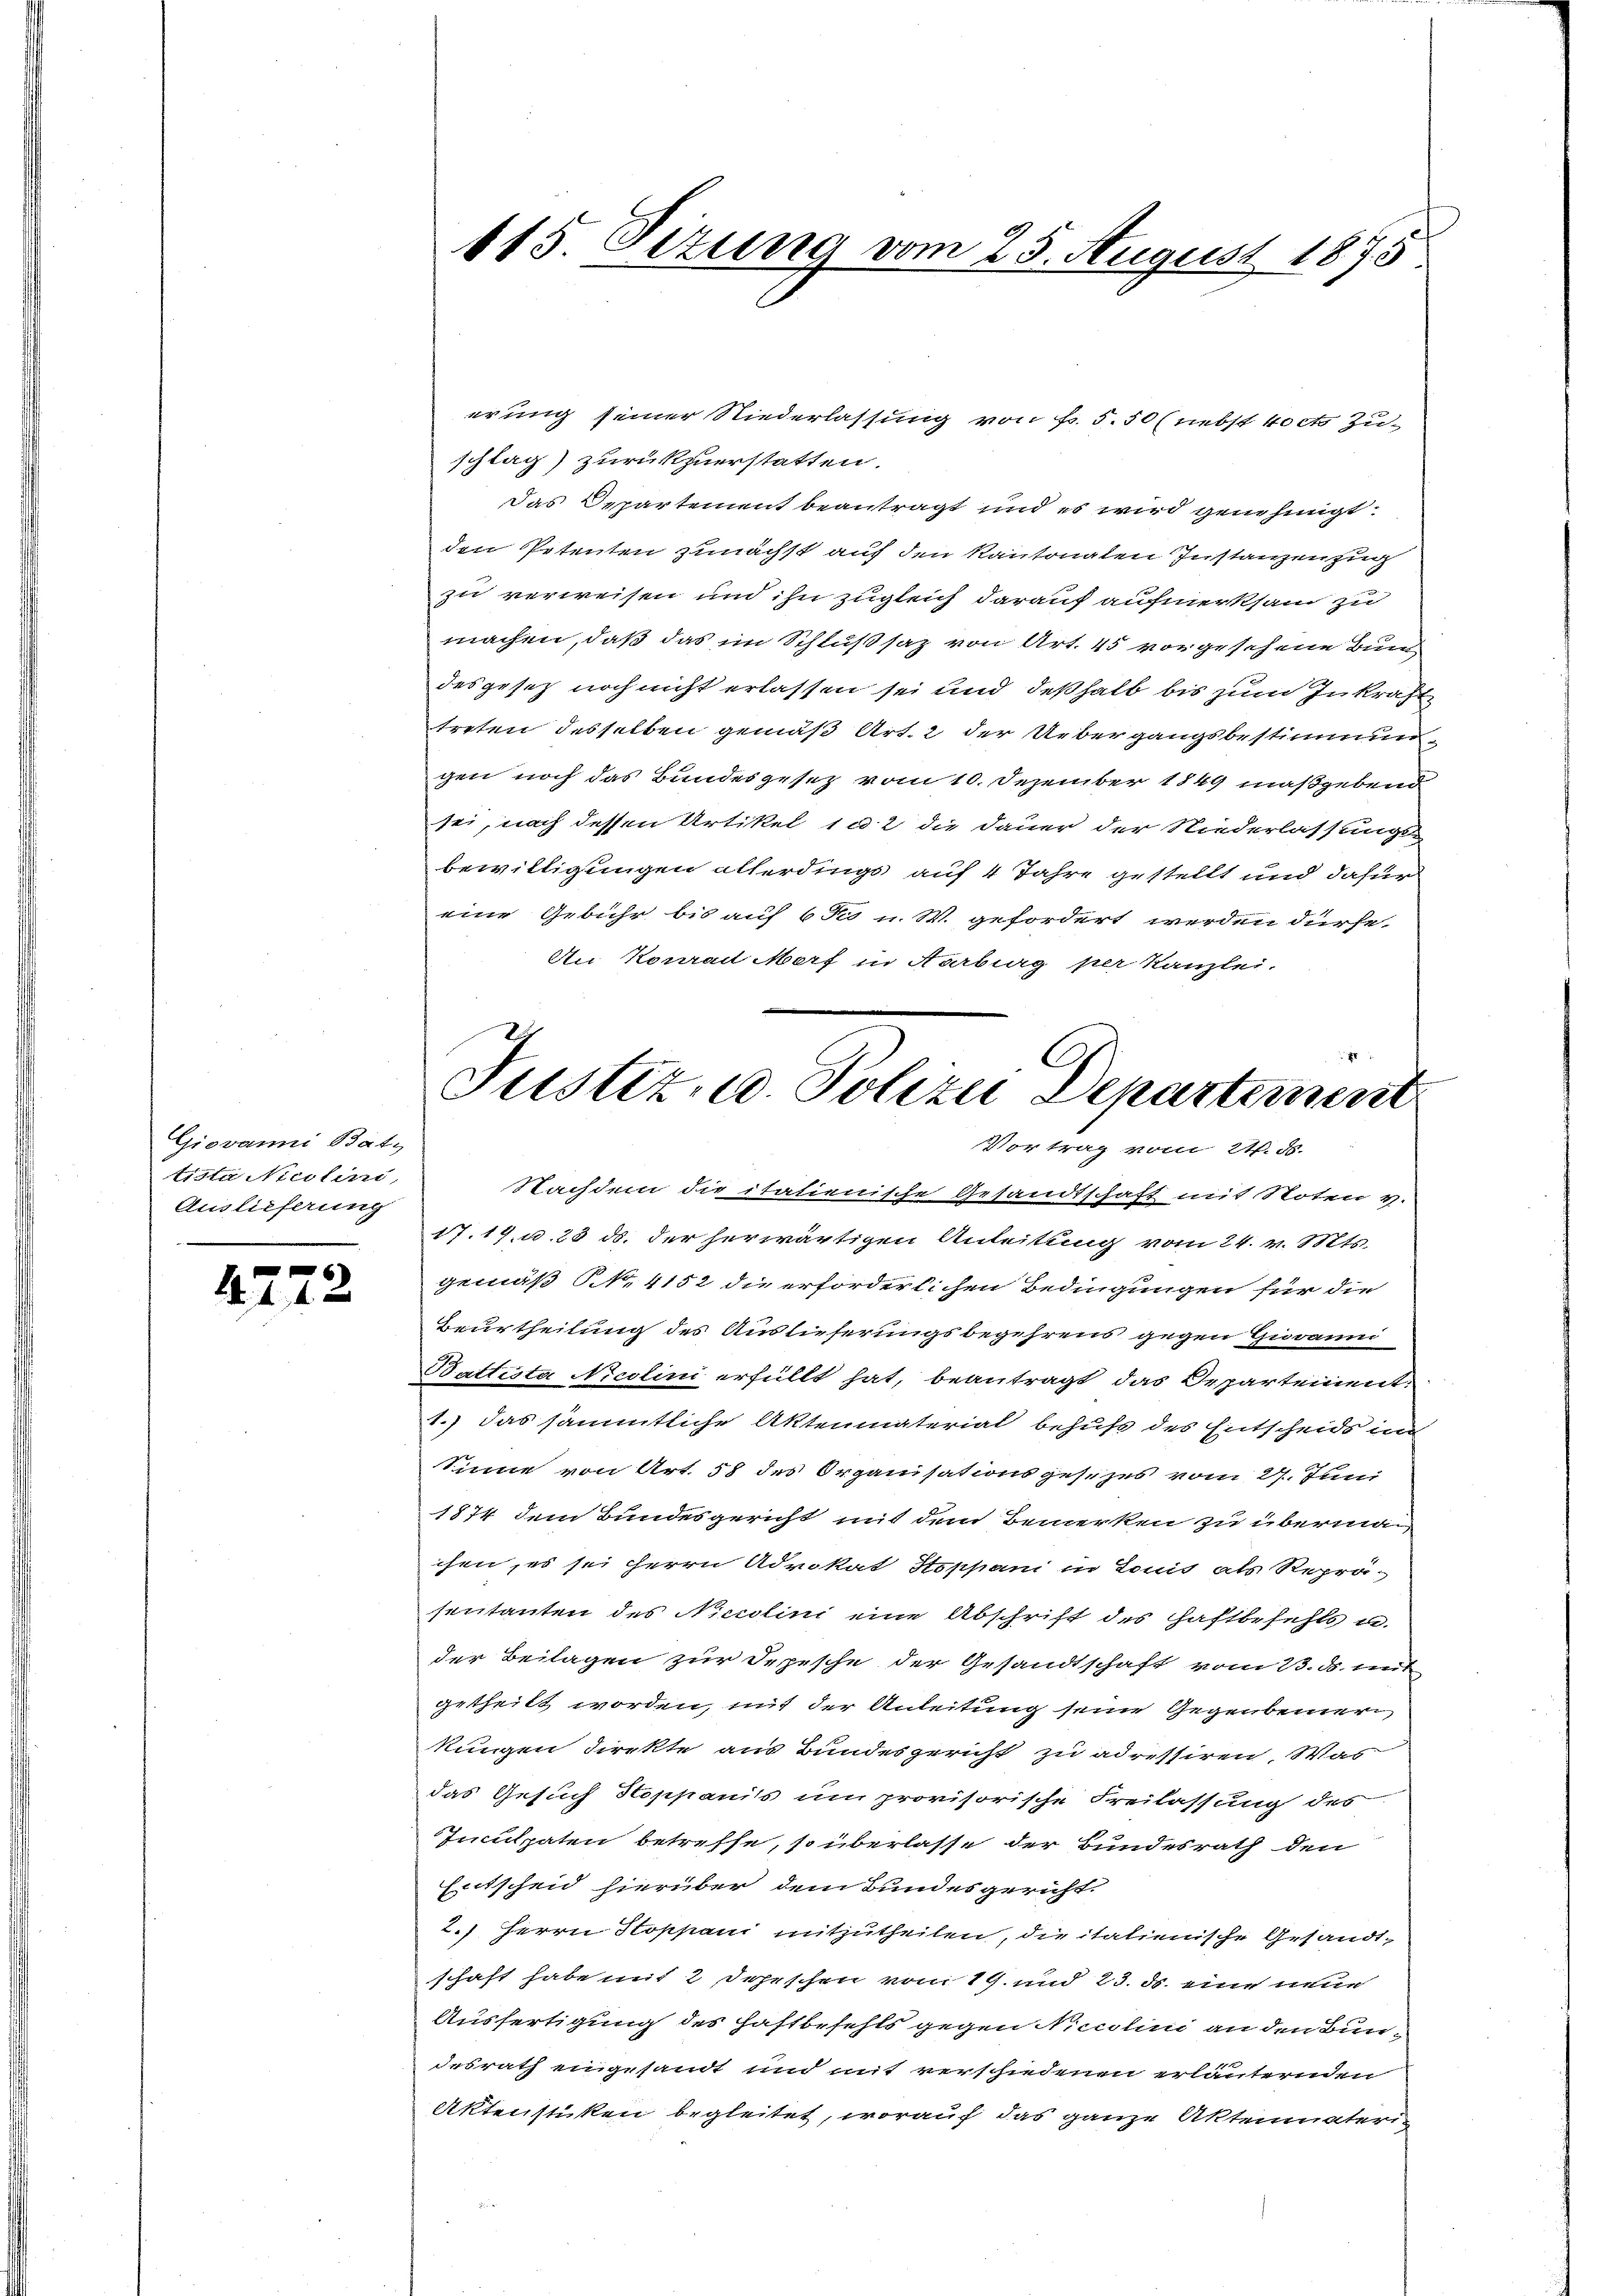
Giovanni Bat.
tista Nicolini,
Auslieferung

4722

415. Sizung vom 25. August 1875

erung seiner Niederlassung von Fr. 5. 50 (nebst koct Zu-
schlag zurükzuerstatten.
das Departement beantragt und es wird genehmigt.
den Petenten zunächst auf den Kantonalen Instanzenzug
zu verweisen und ihn zugleich darauf aufmerksam zu
machen, daß das im Schlußsaz von Art. 45 vorgesehene Bun
desgesetz noch nicht erlassen sei und deßhalb bis zum Inkraft
treten desselben gemäß Art. 2 der Uebergangsbestimmungen noch das Bundesgesetz vom 10. Dezember 1849 maßgebend
sei, nach dessen Artikel 1 u. 2 die Dauer der Niederlassungs-
bewilligungen allerdings auf 4 Jahre gestellt und dafür
eine Gebühr bis auf 6 Ju u. W. gefordert werden dürfe.
An Konrad Morf in Aarburg per Kanzlei.
Nachdem die italienische Gesandtschaft mit Noten V.
17.17, u. 23 ds. der herwärtigen Anleitung vom 24. v. Mts.
gemäß §. 4152 die erforderlichen Bedingungen für die
Beurtheilung des Auslieferungsbegehrens gegen Giovanni
Battista Nicolini erfüllt hat, beantragt das Departement:
1.) das sämmtliche Aktenmaterial behufs des Entscheids in
Sinne von Art. 58 des Organisationsgesezes vom 27. Juni
1874 dem Bundesgericht mit dem Bemerken zu übermaisen, es sei Herrn Advokat Stoppani in Lonis als Reprä-
sentanten des Nicolini eine Abschrift des Haftbefehls u.
der Beilagen zur Depesche der Gesandtschaft vom 23. ds. mit
getheilt worden, mit der Anleitung seine Gegenbemer
kungen direkte aus Bundesgericht zu adressiren. Was
das Gesuch Stoppaniss um provisorische Freilassung des
Inculpaten betreffe, so überlasse der Bundesrath den
Entscheid hierüber dem Bundesgericht.
2.) Herrn Stoppani mitzutheilen, die itatienische Gesandtschaft habe mit 2 Jahrschen vom 19. und 23. ds. eine neue
Ausfertigung des Haftbefehls gegen Niccolini an den Bundesrath eingesandt und mit verschiedenen erläuternden
Aktenstüken begleitet, worauf das ganze Aktenmateri¬

C
Justiz- u. Polizei Departement
Vortrag vom 21. ds.